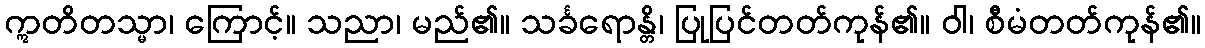
ဣတိတသ္မာ၊ ကြောင့်။ သညာ၊ မည်၏။ သင်္ခရောန္တိ၊ ပြုပြင်တတ်ကုန်၏။ ဝါ၊ စီမံတတ်ကုန်၏။